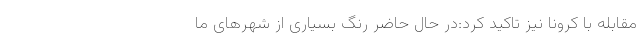
مقابله با کرونا نیز تاکید کرد:در حال حاضر رنگ بسیاری از شهرهای ما